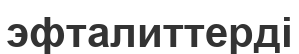
эфталиттерді